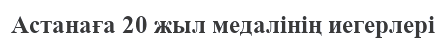
Астанаға 20 жыл медалінің иегерлері